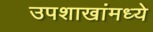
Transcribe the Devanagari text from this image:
उपशाखांमध्ये